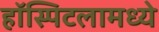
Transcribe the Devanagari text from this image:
हॉस्पिटलामध्ये